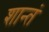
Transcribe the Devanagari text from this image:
शान्तं